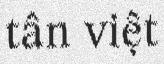
tân việt